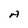
Character: A